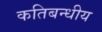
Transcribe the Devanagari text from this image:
कतिबन्धीय